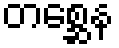
တစ္ဆေန